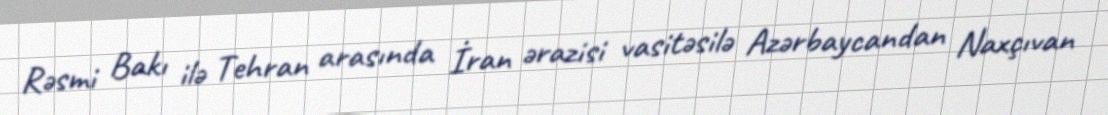
Rəsmi Bakı ilə Tehran arasında İran ərazisi vasitəsilə Azərbaycandan Naxçıvan